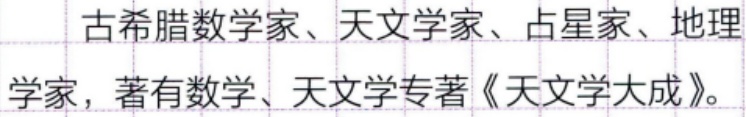
古希腊数学家、天文学家、占星家、地理
学家，著有数学、天文学专著《天文学大成》。